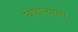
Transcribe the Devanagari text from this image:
घेणार्‍याला